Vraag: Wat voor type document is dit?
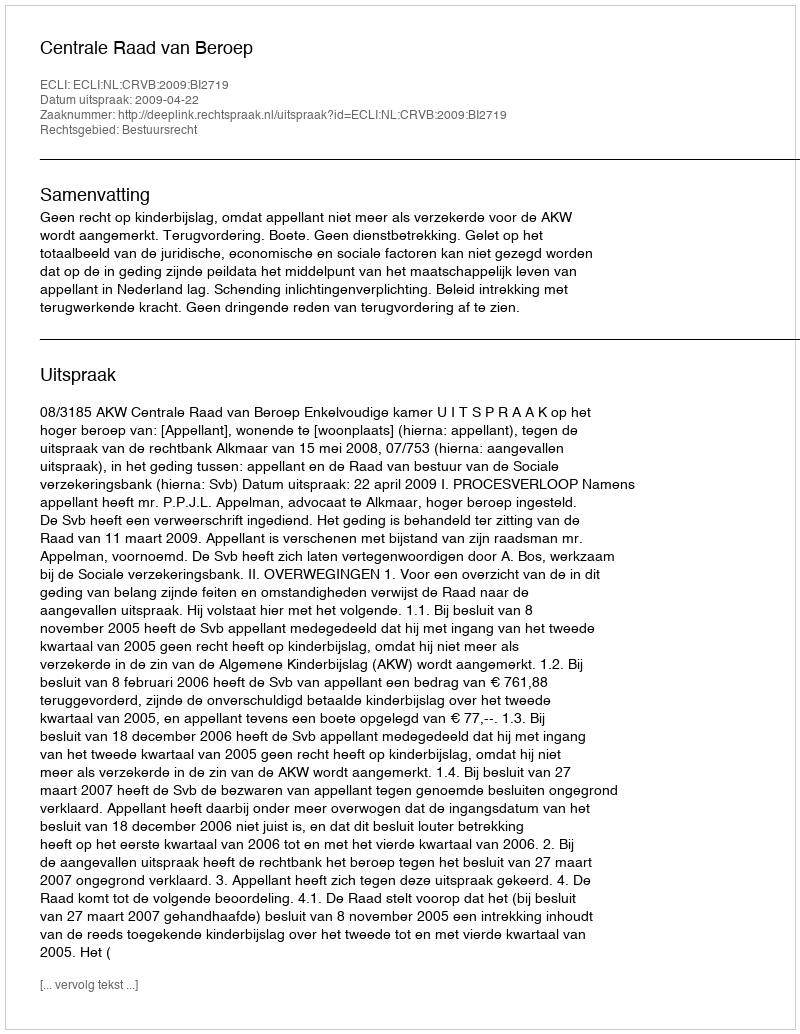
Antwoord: Uitspraak